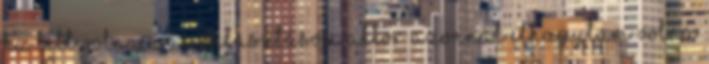
Ha lett volna más választásom akkor azonnal elhagytam volna